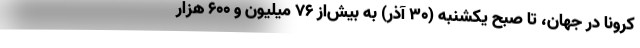
کرونا در جهان، تا صبح یکشنبه (۳۰ آذر) به بیش‌از ۷۶ میلیون و ۶۰۰ هزار